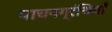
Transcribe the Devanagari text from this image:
पाचनग्रंथियाँ